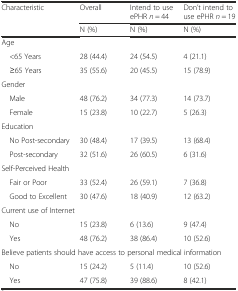
| <ROWSPAN=2> Characteristic | Overall | Intend to use ePHR n = 44 | Don’t intend to use ePHR n = 19 |
 | N (%) | N (%) | N (%) |
 | --- | --- | --- | --- |
 | <COLSPAN=4> Age |
 | <65 Years | 28 (44.4) | 24 (54.5) | 4 (21.1) |
 | ≥65 Years | 35 (55.6) | 20 (45.5) | 15 (78.9) |
 | <COLSPAN=4> Gender |
 | Male | 48 (76.2) | 34 (77.3) | 14 (73.7) |
 | Female | 15 (23.8) | 10 (22.7) | 5 (26.3) |
 | <COLSPAN=4> Education |
 | No Post-secondary | 30 (48.4) | 17 (39.5) | 13 (68.4) |
 | Post-secondary | 32 (51.6) | 26 (60.5) | 6 (31.6) |
 | <COLSPAN=4> Self-Perceived Health |
 | Fair or Poor | 33 (52.4) | 26 (59.1) | 7 (36.8) |
 | Good to Excellent | 30 (47.6) | 18 (40.9) | 12 (63.2) |
 | <COLSPAN=4> Current use of Internet |
 | No | 15 (23.8) | 6 (13.6) | 9 (47.4) |
 | Yes | 48 (76.2) | 38 (86.4) | 10 (52.6) |
 | <COLSPAN=4> Believe patients should have access to personal medical information |
 | No | 15 (24.2) | 5 (11.4) | 10 (52.6) |
 | Yes | 47 (75.8) | 39 (88.6) | 8 (42.1) |